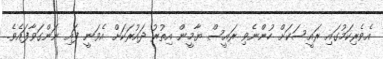
އެވެރިކަމުގައި ރައީސަކަށް ހުންނެވި ރައީސް ޔާމީން އިތުރު ދައުރަކަށް އެވަނީ ފައި ނަންގަވާފައެވެ.